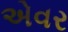
એવર